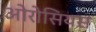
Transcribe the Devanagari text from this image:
ओरोसियस